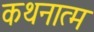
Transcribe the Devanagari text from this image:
कथनात्म